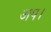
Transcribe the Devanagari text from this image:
अप।